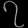
Digit: ၇